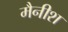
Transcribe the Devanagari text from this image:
मैनीश